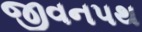
જીવનપથ